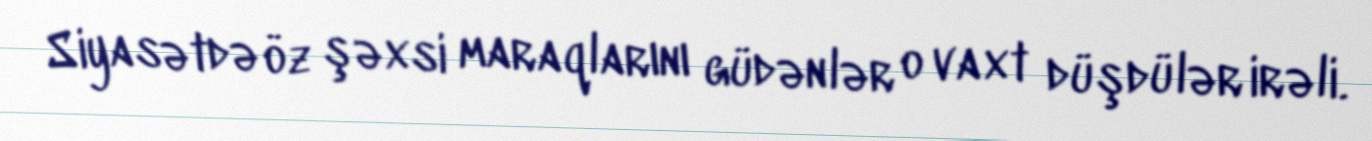
Siyasətdə öz şəxsi maraqlarını güdənlər o vaxt düşdülər irəli.